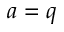
a = q